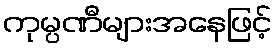
ကုမ္ပဏီများအနေဖြင့်